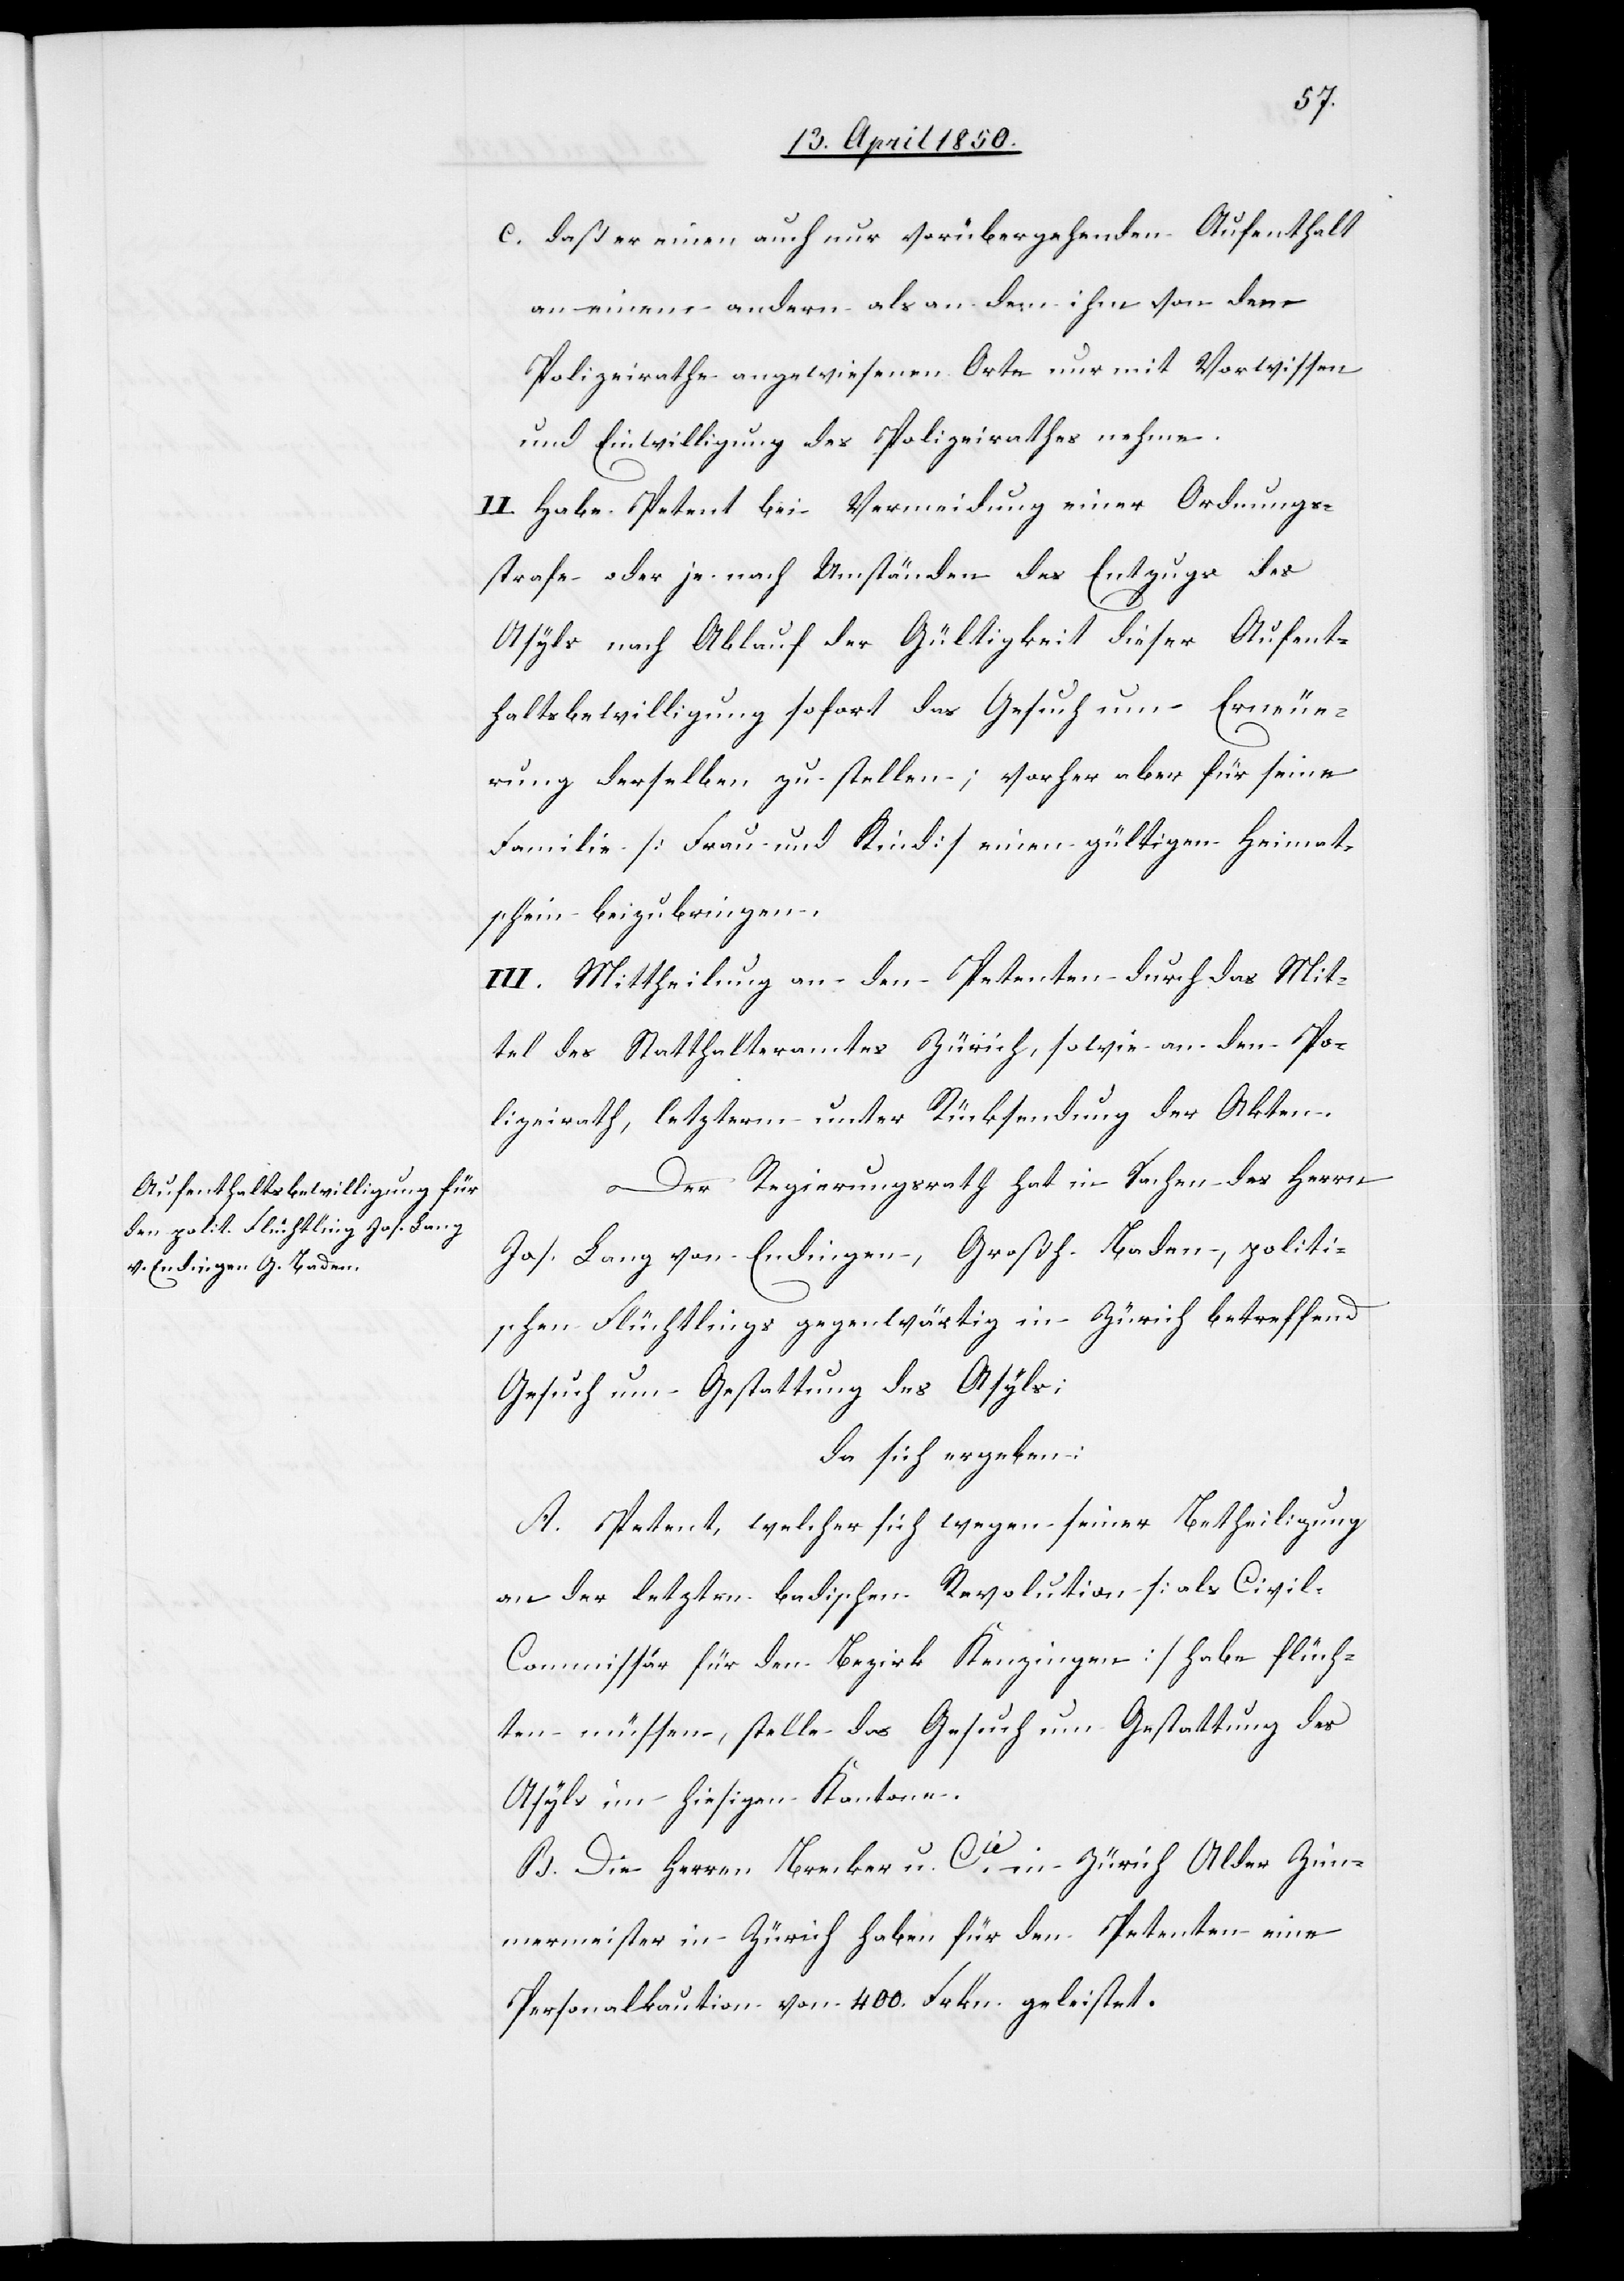
c. daß er einen auch nur vorübergehenden Aufenthalt
an einem andern als an dem ihm von dem
Polizeirathe angewiesenen Orte nur mit Vorwissen
und Einwilligung des Polizeirathes nehme.
II. Habe Petent bei Vermeidung einer Ordnungs¬
strafe oder je nach Umständen des Entzugs des
Asyls nach Ablauf der Gültigkeit dieser Aufent¬
haltsbewilligung sofort das Gesuch um Erneue¬
rung derselben zu stellen; vorher aber für seine
Familie [Frau und Kind] einen gültigen Heimat¬
schein beizubringen.
III. Mittheilung an den Petenten durch das Mit¬
tel des Statthalteramtes Zürich, sowie an den Po¬
lizeirath, letzterm unter Rücksendung der Akten.
Der Regierungsrath hat in Sachen des Herrn
Jos. Lang von Endingen, Großh. Baden, politi¬
schen Flüchtlings gegenwärtig in Zürich betreffend
Gesuch um Gestattung des Asyls;
da sich ergeben:
A. Petent, welcher sich wegen seiner Betheiligung
an der letzten badischen Revolution [als Civi¬
l-Commissär für den Bezirk Kenzingen] habe flüch¬
ten müssen, stelle das Gesuch um Gestattung des
Asyls im hiesigen Kantone.
B. Die Herren Brecker u. Cie in Zürich Alder Zim¬
mermeister in Zürich haben für den Petenten eine
Personalkaution von 400. Frkn. geleistet.